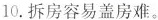
10.拆房容易盖房难.